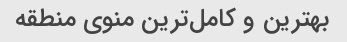
بهترین و کامل‌ترین منوی منطقه